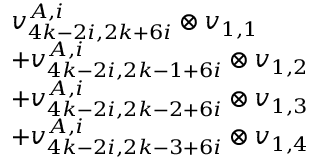
\begin{array} { r l } & { v _ { 4 k - 2 i , 2 k + 6 i } ^ { A , i } \otimes v _ { 1 , 1 } } \\ & { + v _ { 4 k - 2 i , 2 k - 1 + 6 i } ^ { A , i } \otimes v _ { 1 , 2 } } \\ & { + v _ { 4 k - 2 i , 2 k - 2 + 6 i } ^ { A , i } \otimes v _ { 1 , 3 } } \\ & { + v _ { 4 k - 2 i , 2 k - 3 + 6 i } ^ { A , i } \otimes v _ { 1 , 4 } } \end{array}